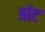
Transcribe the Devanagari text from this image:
त्रोट